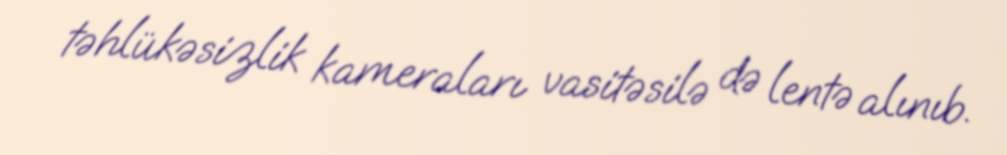
təhlükəsizlik kameraları vasitəsilə də lentə alınıb.